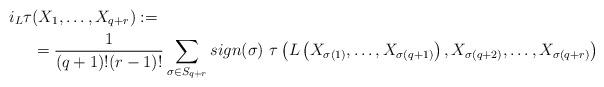
LaTeX: \begin{align*}i_L\tau &(X_1,\ldots,X_{q+r}) := \\&= \frac{1}{(q+1)!(r-1)!}\sum\limits_{\sigma\in S_{q+r}} sign(\sigma) \ \tau\left(L\left(X_{\sigma(1)},\ldots,X_{\sigma(q+1)}\right),X_{\sigma(q+2)},\ldots,X_{\sigma(q+r)}\right)\end{align*}